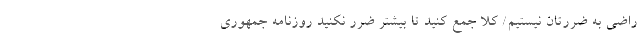
راضی به ضررتان نیستیم/ کلا جمع کنید تا بیشتر ضرر نکنید روزنامه جمهوری